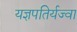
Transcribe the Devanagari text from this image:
यज्ञपतिर्यज्वा